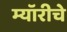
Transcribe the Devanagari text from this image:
म्यॉरीचे